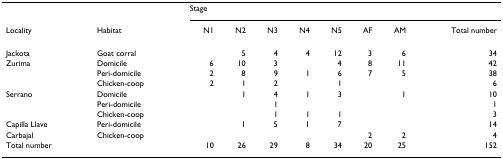
<table><thead><tr><td></td><td></td><td colspan="8"><b>Stage</b></td></tr><tr><td><b>Locality</b></td><td><b>Habitat</b></td><td><b>N1</b></td><td><b>N2</b></td><td><b>N3</b></td><td><b>N4</b></td><td><b>N5</b></td><td><b>AF</b></td><td><b>AM</b></td><td><b>Total number</b></td></tr></thead><tbody><tr><td>Jackota</td><td>Goat corral</td><td></td><td>5</td><td>4</td><td>4</td><td>12</td><td>3</td><td>6</td><td>34</td></tr><tr><td>Zurima</td><td>Domicile</td><td>6</td><td>10</td><td>3</td><td></td><td>4</td><td>8</td><td>11</td><td>42</td></tr><tr><td></td><td>Peri-domicile</td><td>2</td><td>8</td><td>9</td><td>1</td><td>6</td><td>7</td><td>5</td><td>38</td></tr><tr><td></td><td>Chicken-coop</td><td>2</td><td>1</td><td>2</td><td></td><td>1</td><td></td><td></td><td>6</td></tr><tr><td>Serrano</td><td>Domicile</td><td></td><td>1</td><td>4</td><td>1</td><td>3</td><td></td><td>1</td><td>10</td></tr><tr><td></td><td>Peri-domicile</td><td></td><td></td><td>1</td><td></td><td></td><td></td><td></td><td>1</td></tr><tr><td></td><td>Chicken-coop</td><td></td><td></td><td>1</td><td>1</td><td>1</td><td></td><td></td><td>3</td></tr><tr><td>Capilla Llave</td><td>Peri-domicile</td><td></td><td>1</td><td>5</td><td>1</td><td>7</td><td></td><td></td><td>14</td></tr><tr><td>Carbajal</td><td>Chicken-coop</td><td></td><td></td><td></td><td></td><td></td><td>2</td><td>2</td><td>4</td></tr><tr><td>Total number</td><td></td><td>10</td><td>26</td><td>29</td><td>8</td><td>34</td><td>20</td><td>25</td><td>152</td></tr></tbody></table>